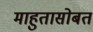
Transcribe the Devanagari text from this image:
माहुतासोबत